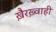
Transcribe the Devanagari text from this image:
ख़ैरख़्वाही